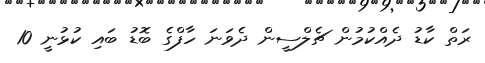
ރަތް ކާޑު ދެއްކުމުން ޗެލްސީން ދެވަނަ ހާފްގެ ބޮޑު ބައި ކުޅުނީ 10